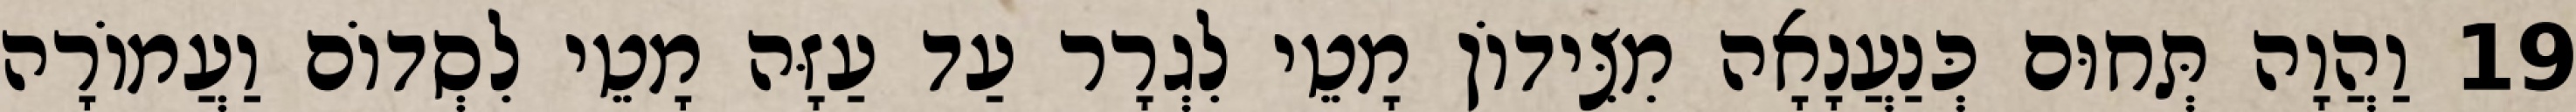
19 וַהֲוָה תְּחוּם כְּנַעֲנָאָה מִצִּידוֹן מָטֵי לִגְרָר עַד עַזָּה מָטֵי לִסְדוֹם וַעֲמוֹרָה